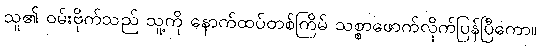
သူ၏ ဝမ်းဗိုက်သည် သူ့ကို နောက်ထပ်တစ်ကြိမ် သစ္စာဖောက်လိုက်ပြန်ပြီကော။